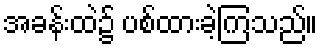
အခန်းထဲ၌ ပစ်ထားခဲ့ကြသည်။